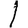
Digit: 1